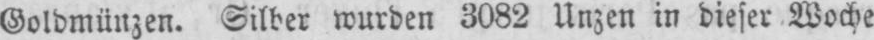
Goldmünzen. Silber wurden 3082 Unzen in dieser Woche